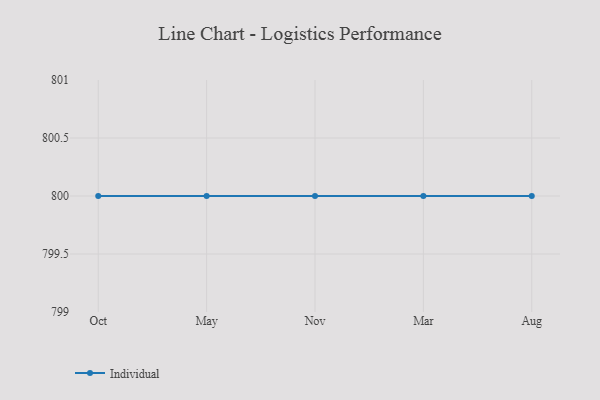
{"axis": {"x": "Month", "y": "Churn Rate (%)"}, "legend": ["Individual"], "data": [{"x": "Oct", "y": 800, "type": "Individual"}, {"x": "May", "y": 800, "type": "Individual"}, {"x": "Nov", "y": 800, "type": "Individual"}, {"x": "Mar", "y": 800, "type": "Individual"}, {"x": "Aug", "y": 800, "type": "Individual"}]}